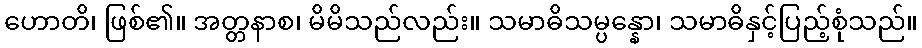
ဟောတိ၊ ဖြစ်၏။ အတ္တနာစ၊ မိမိသည်လည်း။ သမာဓိသမ္ပန္နော၊ သမာဓိနှင့်ပြည့်စုံသည်။